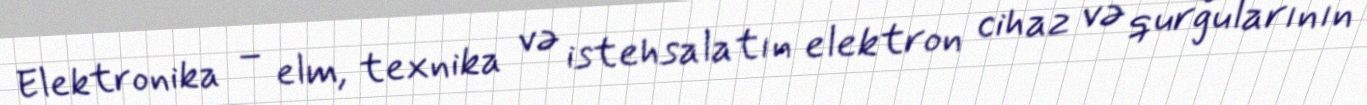
Elektronika – elm, texnika və istehsalatın elektron cihaz və qurğularının